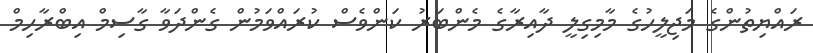
ރައްޔިތުންގެ މަޖިލީހުގެ މާމިގިލީ ދާއިރާގެ މެންބަރު ކަންވެސް ކުރައްވަމުން ގެންދަވާ ގާސިމް އިބްރާހިމް